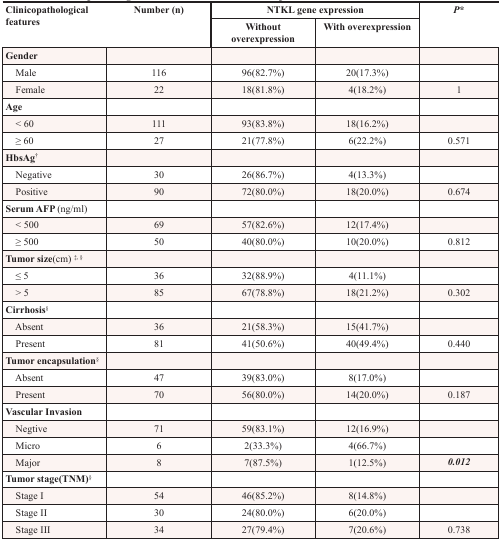
| <ROWSPAN=2> Clinicopathological features | <ROWSPAN=2> Number (n) | <COLSPAN=2> NTKL gene expression | <ROWSPAN=2> P* |
 | Without overexpression | With overexpression |
 | --- | --- | --- | --- | --- |
 | Gender |  |  |  |  |
 | Male | 116 | 96(82.7%) | 20(17.3%) |  |
 | Female | 22 | 18(81.8%) | 4(18.2%) | 1 |
 | Age |  |  |  |  |
 | < 60 | 111 | 93(83.8%) | 18(16.2%) |  |
 | ≥ 60 | 27 | 21(77.8%) | 6(22.2%) | 0.571 |
 | HbsAg† |  |  |  |  |
 | Negative | 30 | 26(86.7%) | 4(13.3%) |  |
 | Positive | 90 | 72(80.0%) | 18(20.0%) | 0.674 |
 | Serum AFP (ng/ml) |  |  |  |  |
 | < 500 | 69 | 57(82.6%) | 12(17.4%) |  |
 | ≥ 500 | 50 | 40(80.0%) | 10(20.0%) | 0.812 |
 | Tumor size(cm) ‡, § |  |  |  |  |
 | ≤ 5 | 36 | 32(88.9%) | 4(11.1%) |  |
 | > 5 | 85 | 67(78.8%) | 18(21.2%) | 0.302 |
 | Cirrhosis§ |  |  |  |  |
 | Absent | 36 | 21(58.3%) | 15(41.7%) |  |
 | Present | 81 | 41(50.6%) | 40(49.4%) | 0.440 |
 | Tumor encapsulation§ |  |  |  |  |
 | Absent | 47 | 39(83.0%) | 8(17.0%) |  |
 | Present | 70 | 56(80.0%) | 14(20.0%) | 0.187 |
 | Vascular Invasion |  |  |  |  |
 | Negtive | 71 | 59(83.1%) | 12(16.9%) |  |
 | Micro | 6 | 2(33.3%) | 4(66.7%) |  |
 | Major | 8 | 7(87.5%) | 1(12.5%) | 0.012 |
 | Tumor stage(TNM)§ |  |  |  |  |
 | Stage I | 54 | 46(85.2%) | 8(14.8%) |  |
 | Stage II | 30 | 24(80.0%) | 6(20.0%) |  |
 | Stage III | 34 | 27(79.4%) | 7(20.6%) | 0.738 |